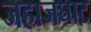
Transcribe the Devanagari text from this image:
जहाजघाट